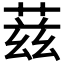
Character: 𬝘